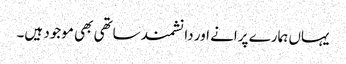
یہاں ہمارے پرانے اور دانشمند ساتھی بھی موجود ہیں۔